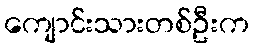
ကျောင်းသားတစ်ဦးက